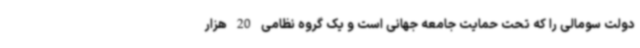
دولت سومالی را که تحت حمایت جامعه جهانی است و یک گروه نظامی 20 هزار